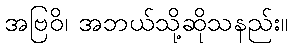
အဗြဝိ၊ အဘယ်သို့ဆိုသနည်း။